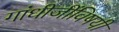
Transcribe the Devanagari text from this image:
गांधीजींविषयी